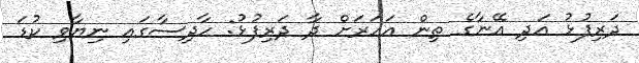
ދަރިފުޅު އަދި އޭނާގެ ތިން އަހަރަށް ދާ ދަރިފުޅު: ހާދިސާގައި ނިޔާވި ކުޑަ